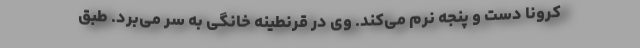
کرونا دست و پنجه نرم می‌کند. وی در قرنطینه خانگی به سر می‌برد. طبق